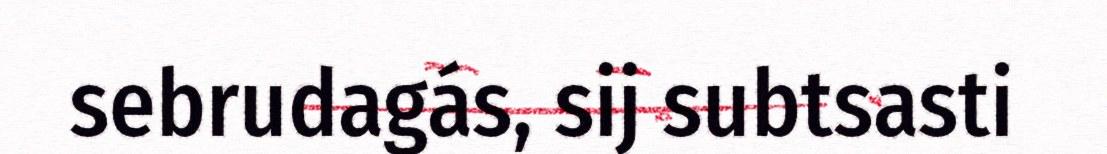
sebrudagás, sij subtsasti